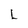
Character: L